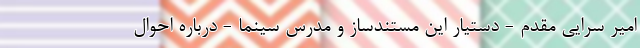
امیر سرایی مقدم - دستیار این مستندساز و مدرس سینما - درباره احوال